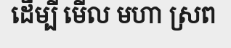
ដើម្បី មើល មហា ស្រព